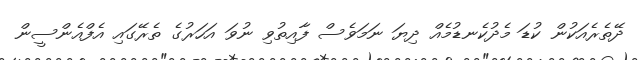
ދޭތެރެއަކުން ކުޑަ މެދުކެނޑުމެއް ދިޔަ ނަމަވެސް ފާއިތުވި ނުވަ އަހަރުގެ ތެރޭގައި އެފްއެންސީން